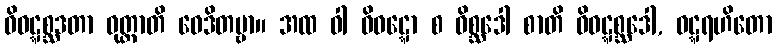
ဝိဝဋ္ဋစ္ဆဒတာ ဝုတ္တာတိ ဝေဒိတဗ္ဗာ။ အထ ဝါ ဝိဝဋ္ဋော စ ဝိစ္ဆဒေါ စာတိ ဝိဝဋ္ဋစ္ဆဒေါ, ဝဋ္ဋရဟိတော